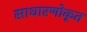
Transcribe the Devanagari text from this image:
साधारणोकृत